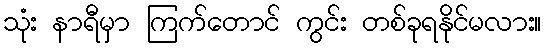
သုံး နာရီမှာ ကြက်တောင် ကွင်း တစ်ခုရနိုင်မလား။